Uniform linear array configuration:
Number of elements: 4
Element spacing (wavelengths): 0.75
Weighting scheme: uniform
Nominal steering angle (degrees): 60
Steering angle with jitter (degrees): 58.458
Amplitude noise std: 0.05
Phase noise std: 0.05

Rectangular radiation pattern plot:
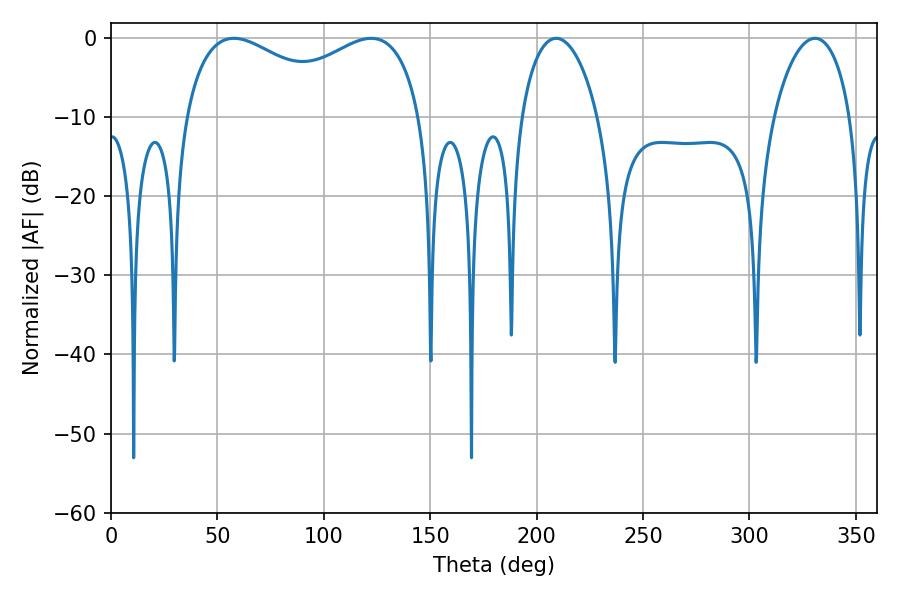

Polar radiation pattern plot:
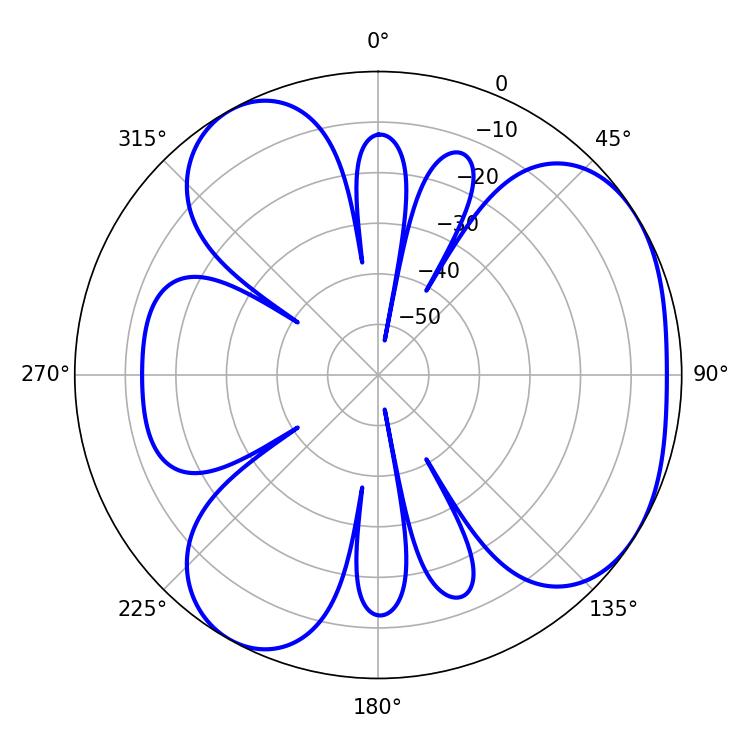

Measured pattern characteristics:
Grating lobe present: TRUE
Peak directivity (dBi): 4.359
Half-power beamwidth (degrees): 92.52
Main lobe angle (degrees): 57.78